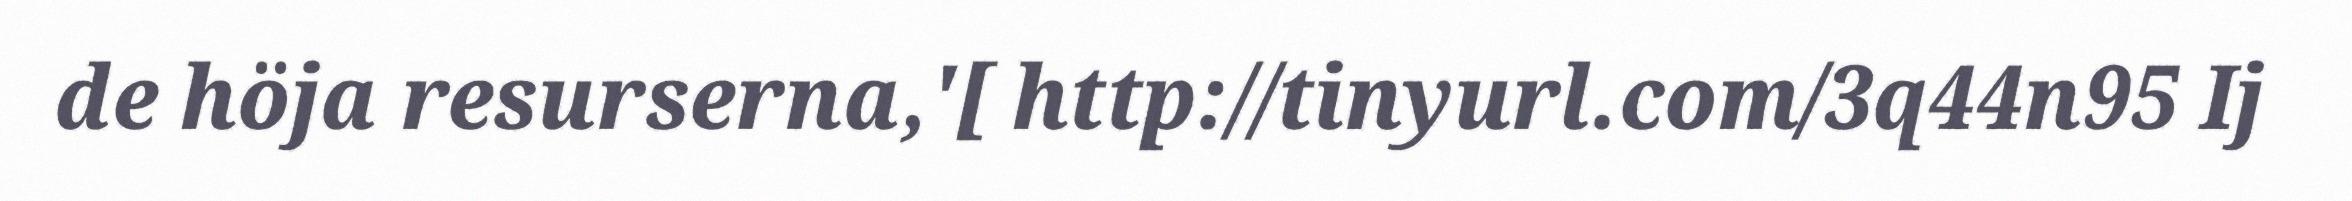
de höja resurserna,'[ http://tinyurl.com/3q44n95 Ij